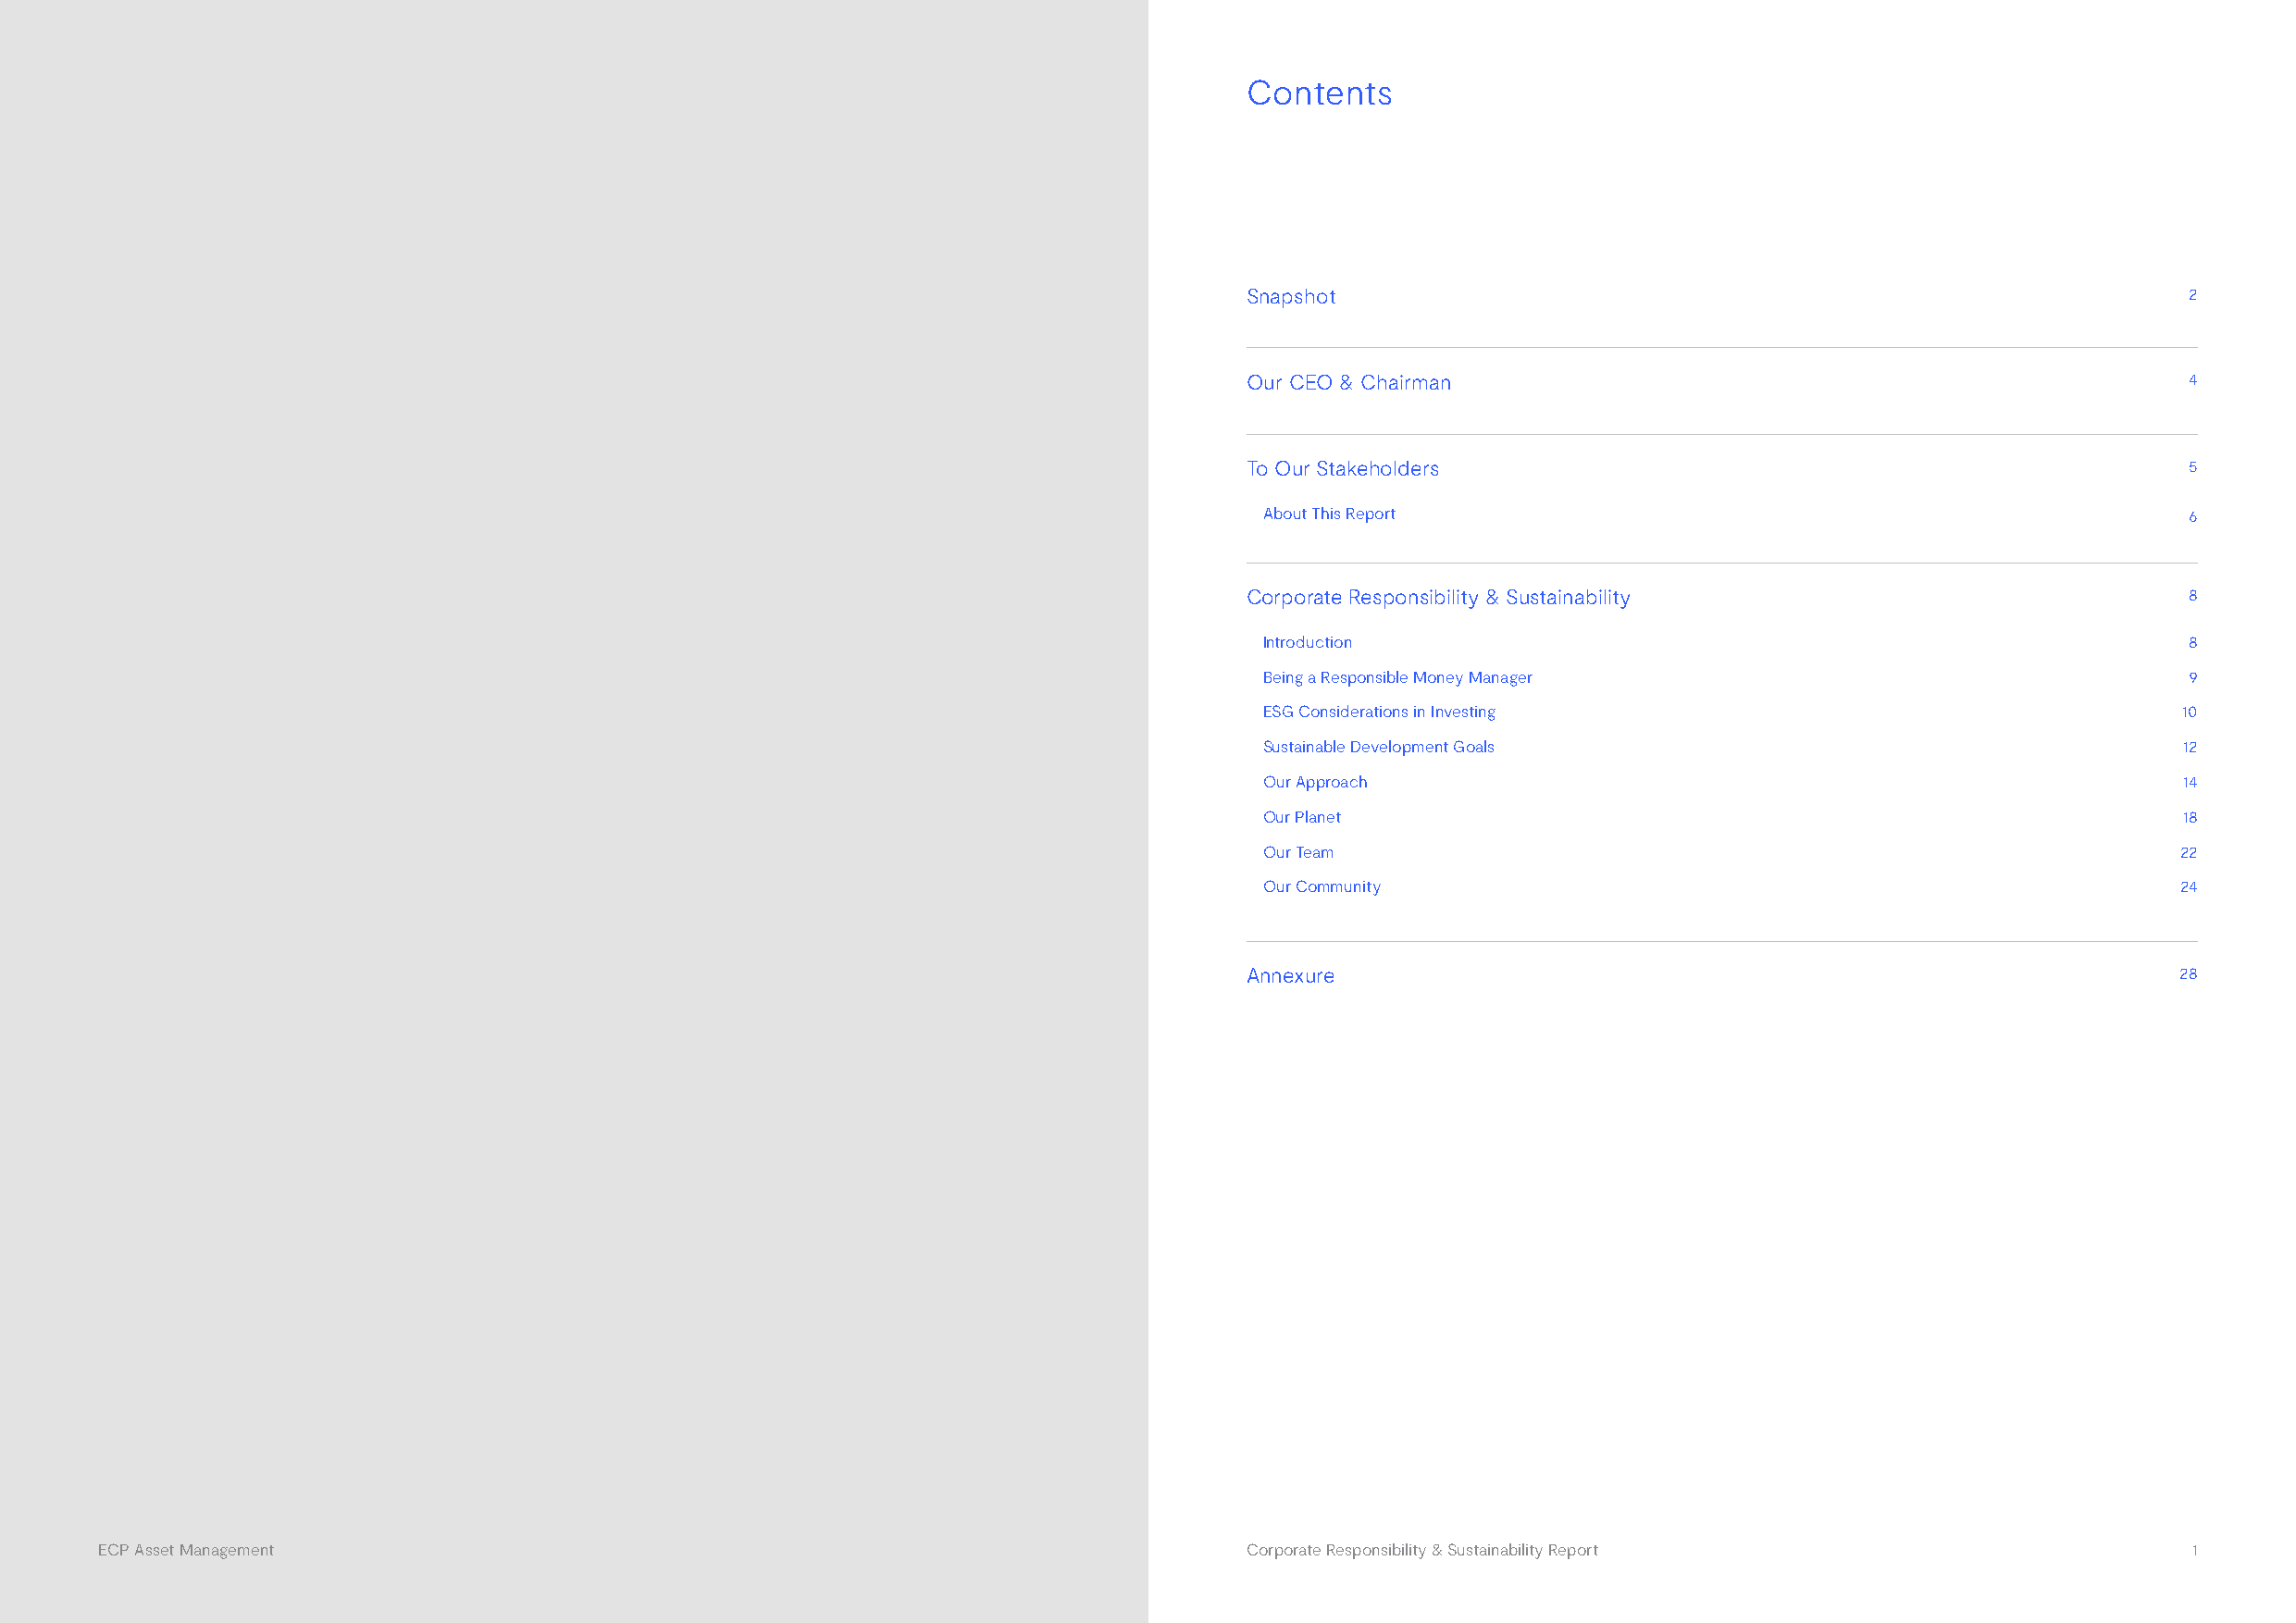
Contents
 Snapshot                                                            2
 Our CEO & Chairman                                                  4
 To Our Stakeholders                                                 5
 About This Report                                                  6
 Corporate Responsibility & Sustainability                           8
 Introduction                                                       8
 Being a Responsible Money Manager                                  9
 ESG Considerations in Investing                                   10
 Sustainable Development Goals                                     12
 Our Approach                                                      14
 Our Planet                                                        18
 Our Team                                                          22
 Our Community                                                     24
 Annexure                                                           28
 ECP Asset Management                                                              Corporate Responsibility & Sustainability Report                    1